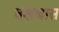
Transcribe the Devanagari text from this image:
वंशजास